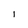
Character: I